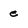
Character: e